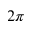
2 \pi